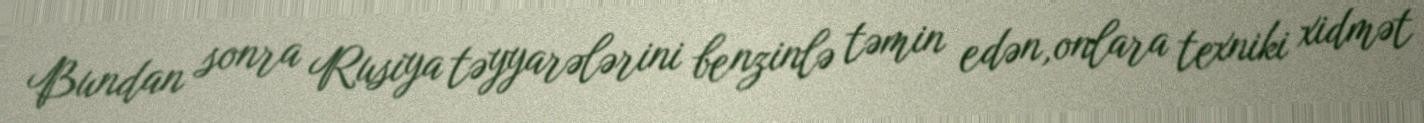
Bundan sonra Rusiya təyyarələrini benzinlə təmin edən,onlara texniki xidmət